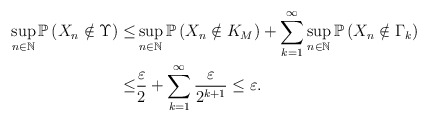
\begin{align*}\sup_{n\in\mathbb{N}}\mathbb{P} \left( X_n \notin \Upsilon \right) \leq & \sup_{n\in\mathbb{N}}\mathbb{P} \left( X_n \notin K_M \right) + \sum_{k=1}^{\infty} \sup_{n\in\mathbb{N}} \mathbb{P} \left( X_n \notin \Gamma_k \right) \\\leq & \frac{\varepsilon}{2} + \sum_{k=1}^{\infty} \frac{\varepsilon}{2^{k+1}} \leq \varepsilon .\end{align*}